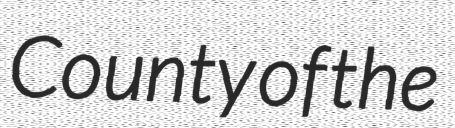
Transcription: County of the